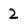
Character: 2